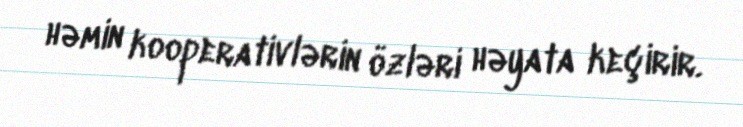
həmin kooperativlərin özləri həyata keçirir.